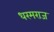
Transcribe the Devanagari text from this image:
धरमराज